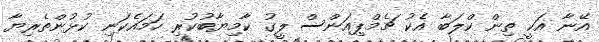
އޭނާ އަކީ ތިން ކްލަބާ އެކު ޗެމްޕިއަންސް ލީގު ކާމިޔާބުކުރި ހަމައެކަނި ކުޅުންތެރިޔާ